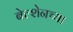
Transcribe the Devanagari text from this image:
बेल्शेनच्या